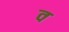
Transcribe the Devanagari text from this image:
व